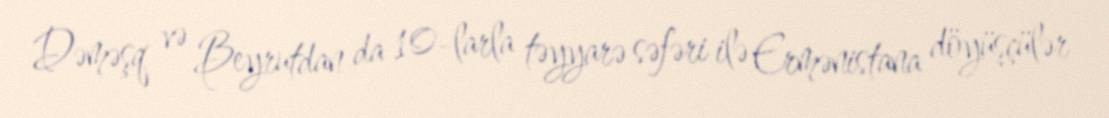
Dəməşq və Beyrutdan da 10-larla təyyarə səfəri ilə Ermənistana döyüşçülər